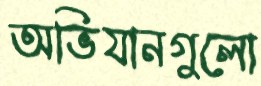
অভিযানগুলো